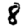
Digit: 8